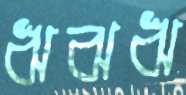
ঋঝঋ